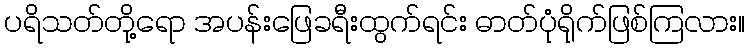
ပရိသတ်တို့ရော အပန်းဖြေခရီးထွက်ရင်း ဓာတ်ပုံရိုက်ဖြစ်ကြလား။